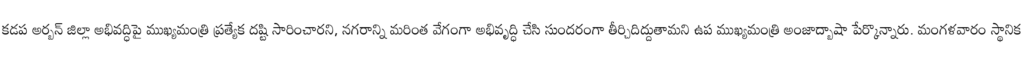
కడప అర్బన్ జిల్లా అభివద్ధిపై ముఖ్యమంత్రి ప్రత్యేక దష్టి సారించారని, నగరాన్ని మరింత వేగంగా అభివృద్ధి చేసి సుందరంగా తీర్చిదిద్దుతామని ఉప ముఖ్యమంత్రి అంజాద్బాషా పేర్కొన్నారు. మంగళవారం స్థానిక